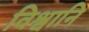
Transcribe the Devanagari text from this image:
विश्वानि